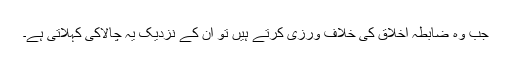
جب وہ ضابطۂ اخلاق کی خلاف ورزی کرتے ہیں تو ان کے نزدیک یہ چالاکی کہلاتی ہے۔